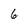
Character: 6